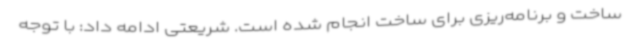
ساخت و برنامه‌ریزی برای ساخت انجام شده است. شریعتی ادامه داد: با توجه